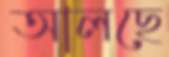
আলছে